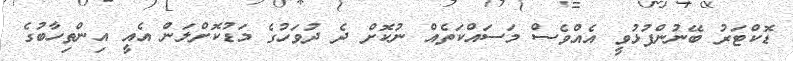
ޑޮކްޓަރު ބޭނުންފުޅުވީ އެއްވެސް މަސައްކަތެއް ނުކޮށް ދެ ދުވަހުގެ މަޑުކޮށްލަން އެއީ އިންތިހާބުގެ